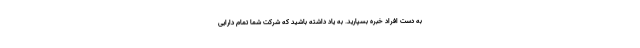
به دست افراد خبره بسپارید. به یاد داشته باشید که شرکت شما تمام دارایی